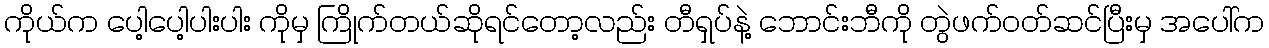
ကိုယ်က ပေါ့ပေါ့ပါးပါး ကိုမှ ကြိုက်တယ်ဆိုရင်တော့လည်း တီရှပ်နဲ့ ဘောင်းဘီကို တွဲဖက်ဝတ်ဆင်ပြီးမှ အပေါ်က